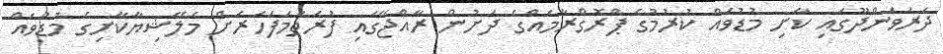
ދަރަވަންދޫގައި ކާށި މުޑުވައް ކުރުމުގެ ޕްރޮގްރާމެއްގެ ދަށުން ރާއްޖޭގައި ފުރަތަމަފަހަރަށް މެލޭޝިޔާކާށިގެ މުޑުވައް